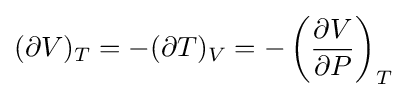
(\partial V)_{T}=-(\partial T)_{V}=-\left({\frac {\partial V}{\partial P}}\right)_{T}